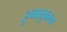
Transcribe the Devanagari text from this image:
हुमायुनला